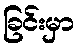
ခြင်းမှာ